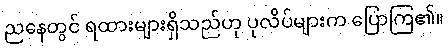
ညနေတွင် ရထားများရှိသည်ဟု ပုလိပ်များက ပြောကြ၏။